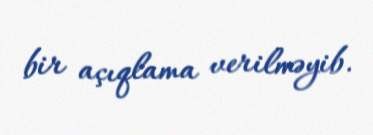
bir açıqlama verilməyib.